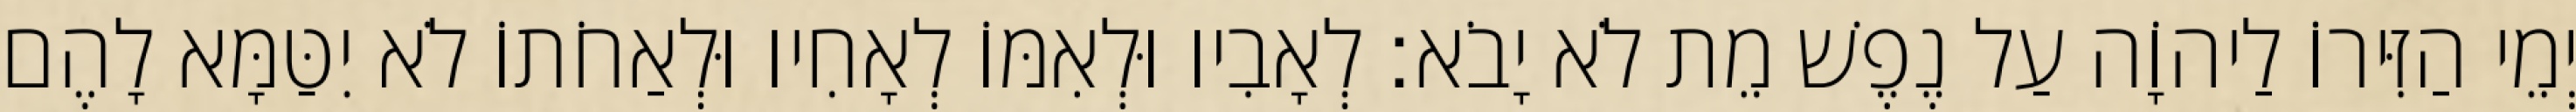
יְמֵי הַזִּירוֹ לַיהוָֹה עַל נֶפֶשׁ מֵת לֹא יָבֹא׃ לְאָבִיו וּלְאִמּוֹ לְאָחִיו וּלְאַחֹתוֹ לֹא יִטַּמָּא לָהֶם